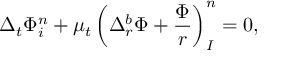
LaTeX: \Delta _ { t } \Phi _ { i } ^ { n } + \mu _ { t } \left( \Delta _ { r } ^ { b } \Phi + \frac { \Phi } { r } \right) _ { I } ^ { n } = 0 ,